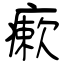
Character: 瘶